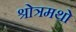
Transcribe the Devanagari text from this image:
श्रोत्रमथो